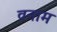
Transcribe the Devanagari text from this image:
वनाम